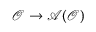
\mathcal { O } \rightarrow \mathcal { A } ( \mathcal { O } )